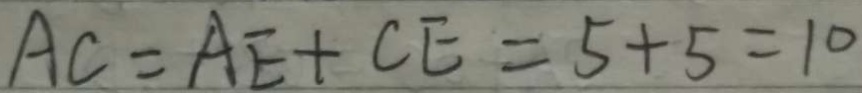
A C = A E + C E = 5 + 5 = 1 0